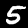
Digit: 5